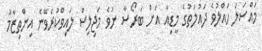
މައްސަލަ ހައްލުވެ ދައުލަތުގެ މީޑިއާ އަށް ބަރޯސާ ނުވެ މަޖިލިސް ލައިވްކުރެވޭނެ އިންތިޒާމު